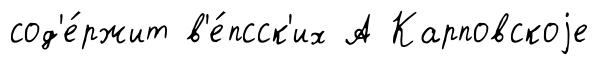
сод'е́ржит в'е́псск'их А Карповскоjе